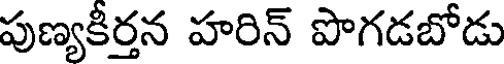
పుణ్యకీర్తన హరిన్ పొగడబోడు